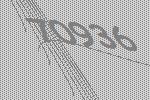
70936